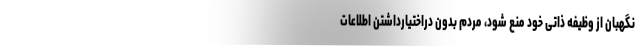
نگهبان از وظیفه ذاتی خود منع شود، مردم بدون دراختیارداشتن اطلاعات